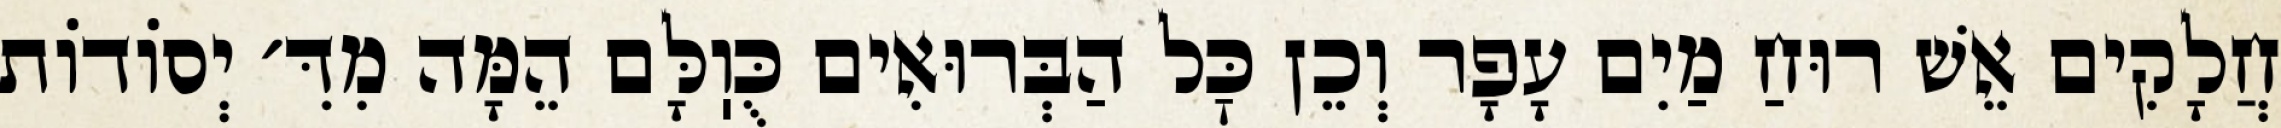
חֲלָקִים אֵשׁ רוּחַ מַיִם עָפָר וְכֵן כׇּל הַבְּרוּאִים כֻּוֽלָּם הֵמָּה מִדִּ׳ יְסוֹדוֹת